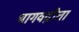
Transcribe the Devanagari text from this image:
भागवद्गीता